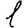
Digit: 1